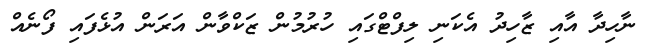
ނާހިދާ އާއި ޒާހިދު އެކަނި ލިފްޓްގައި ހުރުމުން ޒަކްވާން އަރަން އުޅެފައި ފޯނެއް